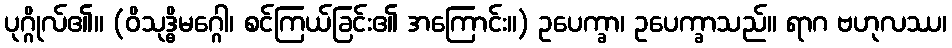
ပုဂ္ဂိုလ်၏။ (ဝိသုဒ္ဓိမဂ္ဂေါ၊ စင်ကြယ်ခြင်း၏ အကြောင်း။) ဥပေက္ခာ၊ ဥပေက္ခာသည်။ ရာဂ ဗဟုလဿ၊